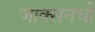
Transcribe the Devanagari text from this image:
जाक्सनची